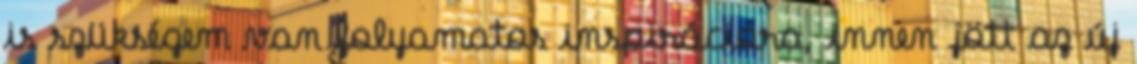
is szükségem van folyamatos inspirációra, innen jött az új